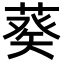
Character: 𦷡